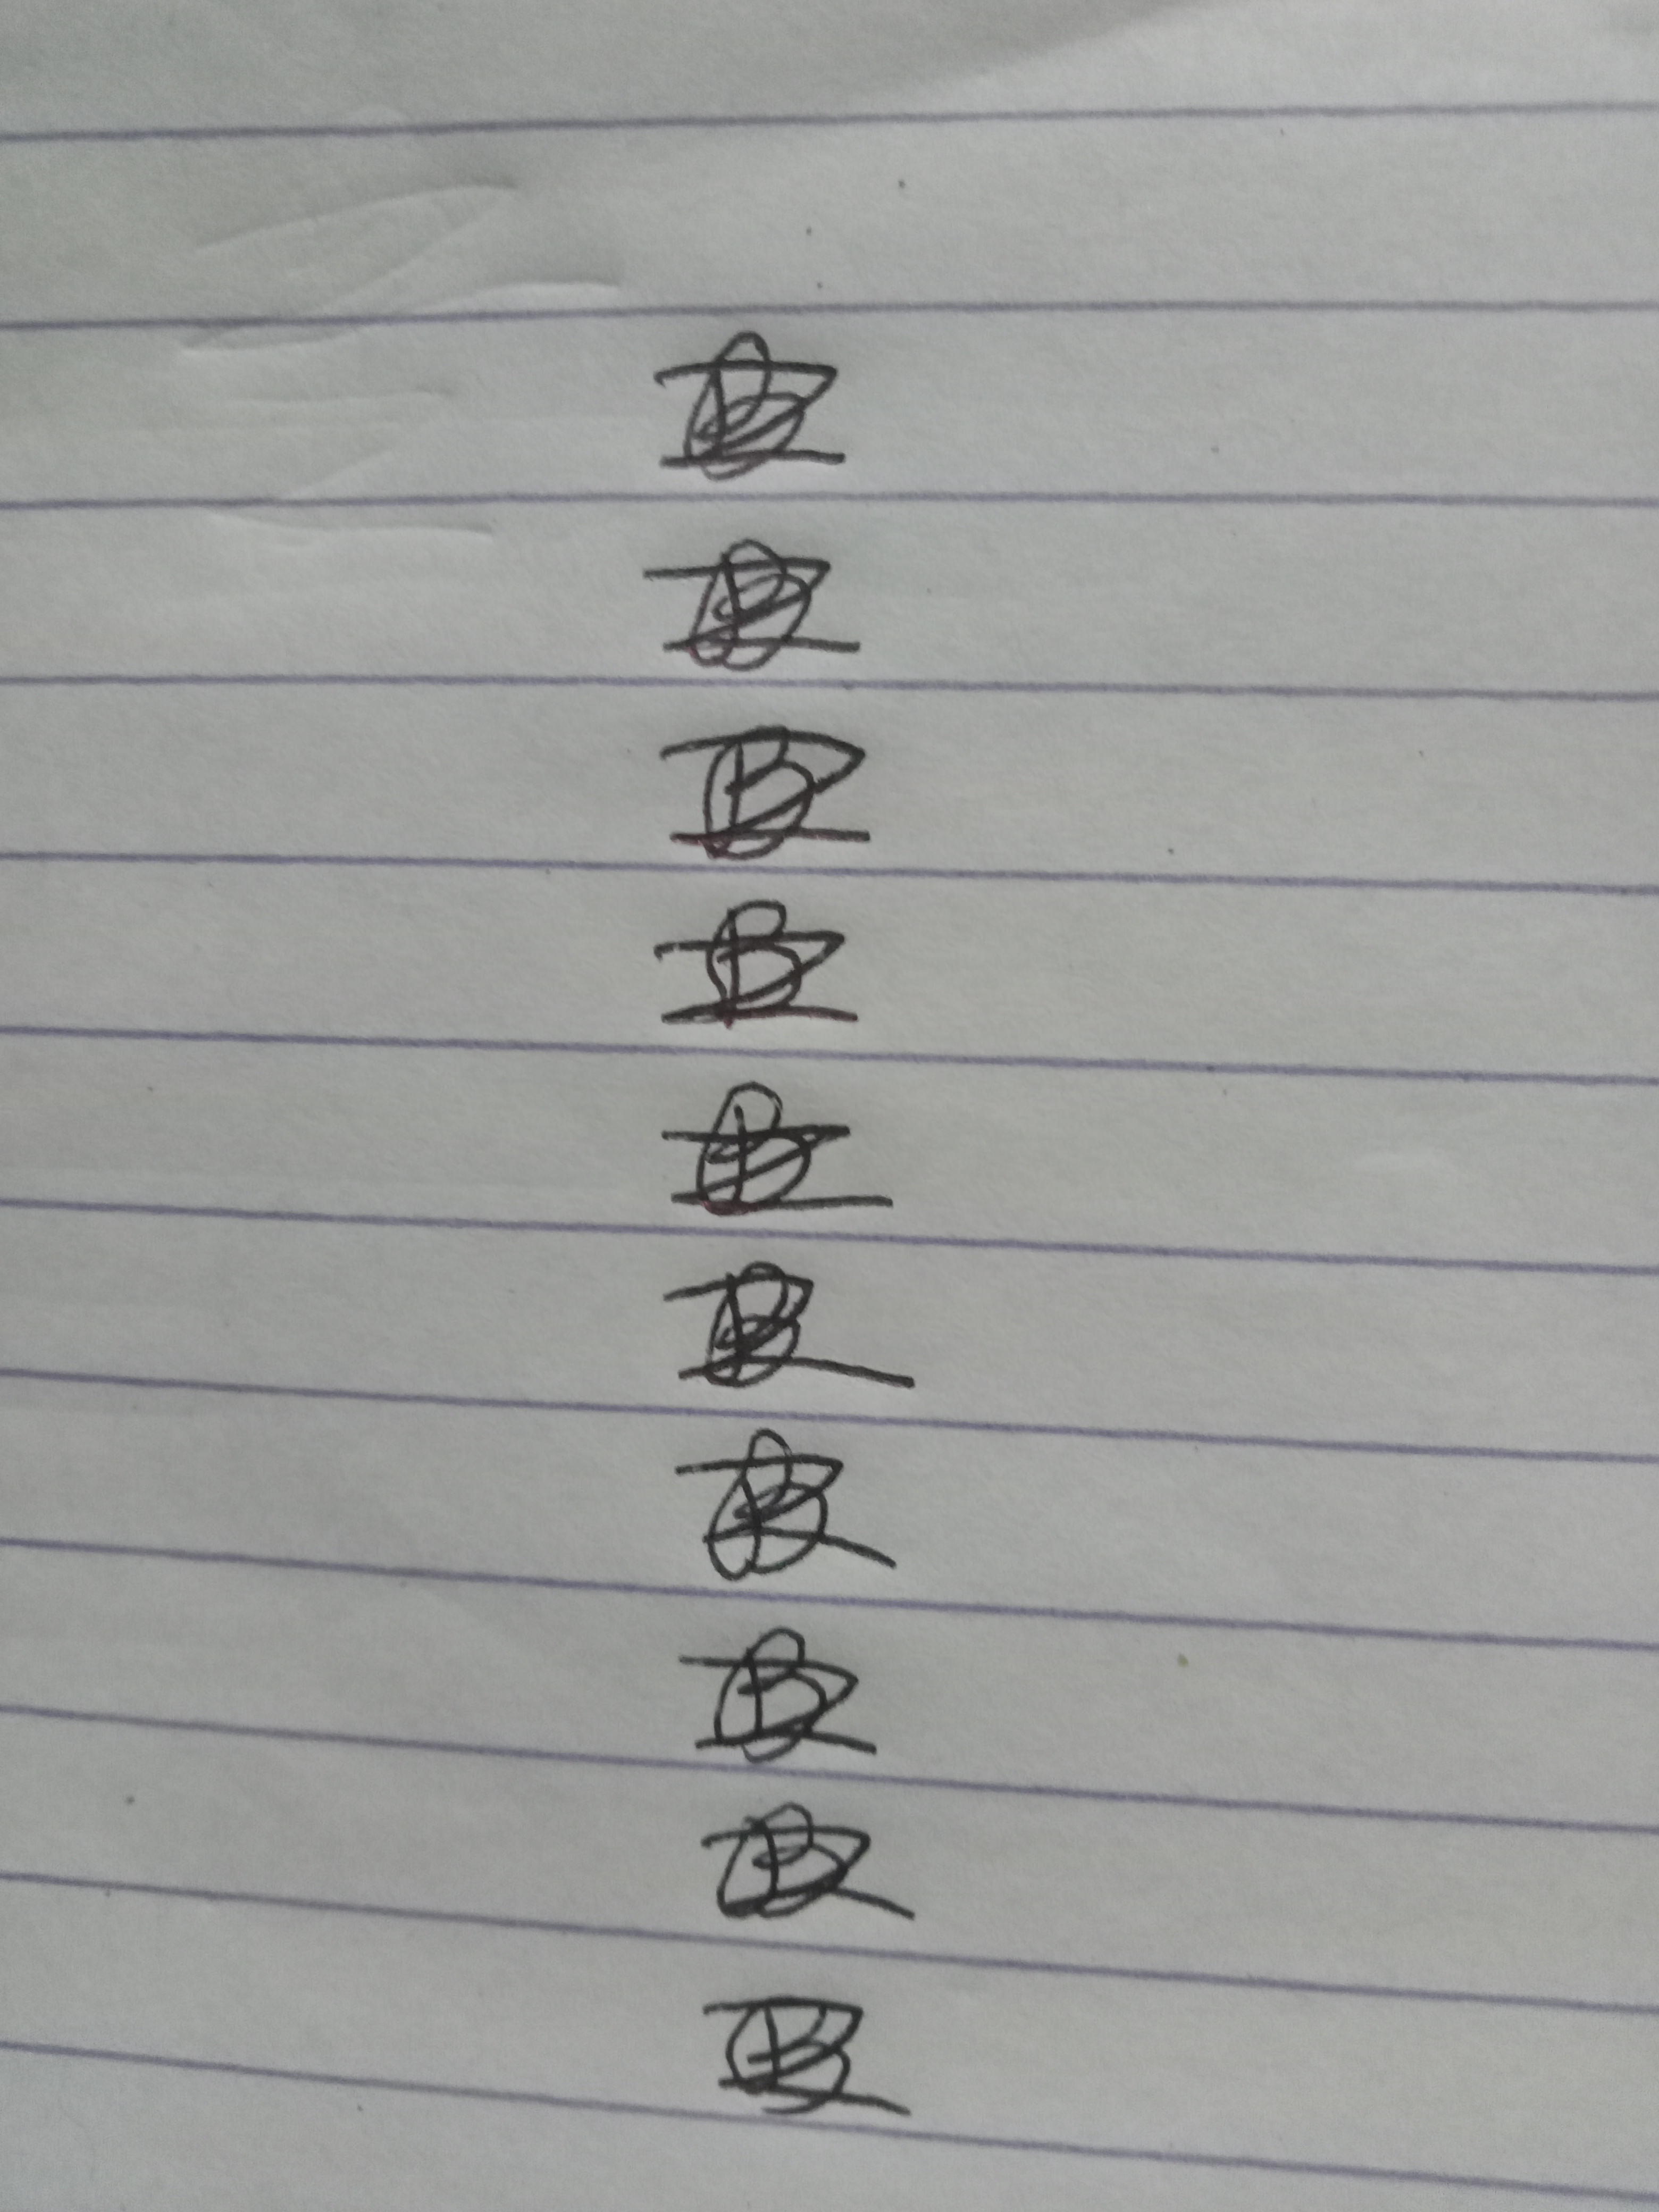
Signature authenticity: forged